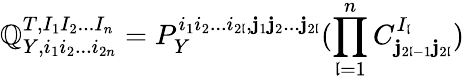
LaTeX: \mathbb{Q}_{Y,i_{1}i_{2}...i_{2n}}^{T,I_{1}I_{2}...I_{n}}=P_{Y}^{i_{1}i_{2}...i_{2\mathfrak{l}},\mathbf{j}_{1}\mathbf{j}_{2}...\mathbf{j}_{2\mathfrak{l}}}(\prod_{\mathfrak{l}=1}^{n}C_{\mathbf{j}_{2\mathfrak{l}-1}\mathbf{j}_{2\mathfrak{l}}}^{I_{\mathfrak{l}}})